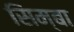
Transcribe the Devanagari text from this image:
सिम्बा